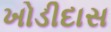
ખોડીદાસ